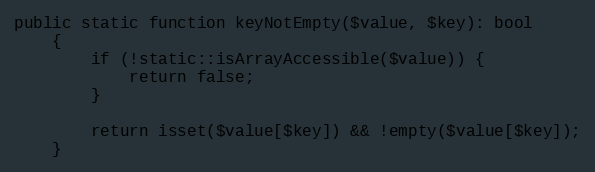
Language: PHP
public static function keyNotEmpty($value, $key): bool
    {
        if (!static::isArrayAccessible($value)) {
            return false;
        }

        return isset($value[$key]) && !empty($value[$key]);
    }